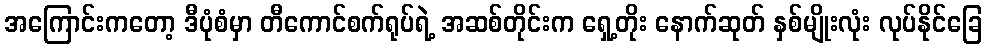
အကြောင်းကတော့ ဒီပုံစံမှာ တီကောင်စက်ရုပ်ရဲ့ အဆစ်တိုင်းက ရှေ့တိုး နောက်ဆုတ် နှစ်မျိုးလုံး လုပ်နိုင်ခြေ